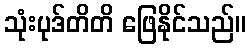
သုံးပုဒ်တိတိ ဖြေနိုင်သည်။